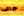
جائت